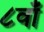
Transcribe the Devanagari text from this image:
८वाँ